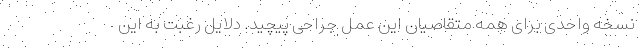
نسخه واحدی برای همه متقاصیان این عمل جراحی پیچید. دلایل رغبت به این